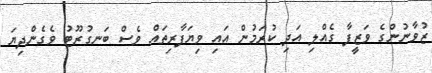
ޒުވާނުންގެ ވަޒީފާ ގެއްލި އަދި ކުރަމުން އައި ވިޔަފާރިތައް ވެސް ބަނގުރޫޓު ވެގެންދިޔަ